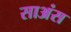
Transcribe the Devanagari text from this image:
साअंस